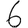
Digit: 6